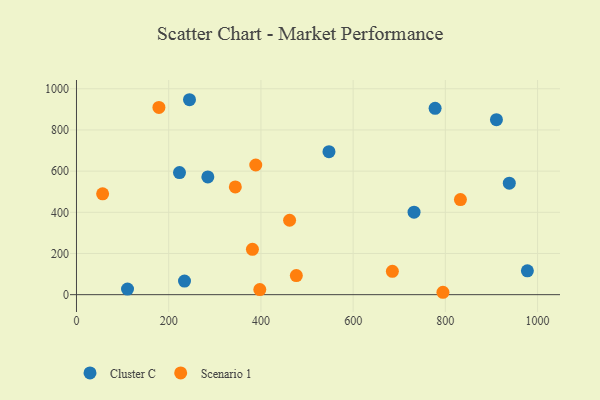
{"axis": {"x": "Distance", "y": "Fuel Efficiency"}, "legend": ["Cluster C", "Scenario 1"], "data": [{"x": "547.6", "y": 694.7, "type": "Cluster C"}, {"x": "977.9", "y": 116.0, "type": "Cluster C"}, {"x": "284.9", "y": 571.9, "type": "Cluster C"}, {"x": "234.3", "y": 66.1, "type": "Cluster C"}, {"x": "910.8", "y": 849.9, "type": "Cluster C"}, {"x": "223.4", "y": 593.0, "type": "Cluster C"}, {"x": "732.1", "y": 400.8, "type": "Cluster C"}, {"x": "777.8", "y": 904.9, "type": "Cluster C"}, {"x": "110.7", "y": 26.9, "type": "Cluster C"}, {"x": "245.1", "y": 946.8, "type": "Cluster C"}, {"x": "938.7", "y": 541.3, "type": "Cluster C"}, {"x": "381.6", "y": 220.4, "type": "Scenario 1"}, {"x": "344.5", "y": 523.3, "type": "Scenario 1"}, {"x": "794.8", "y": 11.6, "type": "Scenario 1"}, {"x": "178.8", "y": 909.4, "type": "Scenario 1"}, {"x": "56.7", "y": 489.8, "type": "Scenario 1"}, {"x": "476.8", "y": 92.7, "type": "Scenario 1"}, {"x": "397.6", "y": 24.6, "type": "Scenario 1"}, {"x": "685.1", "y": 113.2, "type": "Scenario 1"}, {"x": "832.7", "y": 461.7, "type": "Scenario 1"}, {"x": "462.2", "y": 361.4, "type": "Scenario 1"}, {"x": "388.8", "y": 629.8, "type": "Scenario 1"}]}